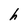
Character: h